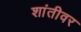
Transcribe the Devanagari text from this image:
शांतीवर